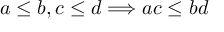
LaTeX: a \leq b , c \leq d \Longrightarrow a c \leq b d